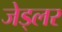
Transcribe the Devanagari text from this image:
जेड्लर